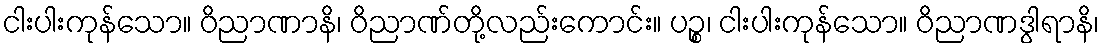
ငါးပါးကုန်သော။ ဝိညာဏာနိ၊ ဝိညာဏ်တို့လည်းကောင်း။ ပဉ္စ၊ ငါးပါးကုန်သော။ ဝိညာဏဒွါရာနိ၊